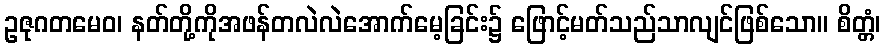
ဥဇုဂတမေဝ၊ နတ်တို့ကိုအဖန်တလဲလဲအောက်မေ့ခြင်း၌ ဖြောင့်မတ်သည်သာလျင်ဖြစ်သော။ စိတ္တံ၊